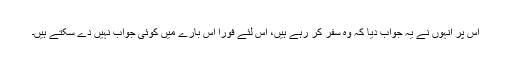
اس پر انہوں نے یہ جواب دیا کہ وہ سفر کر رہے ہیں، اس لئے فوراً اس بارے میں کوئی جواب نہیں دے سکتے ہیں۔